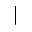
\mid